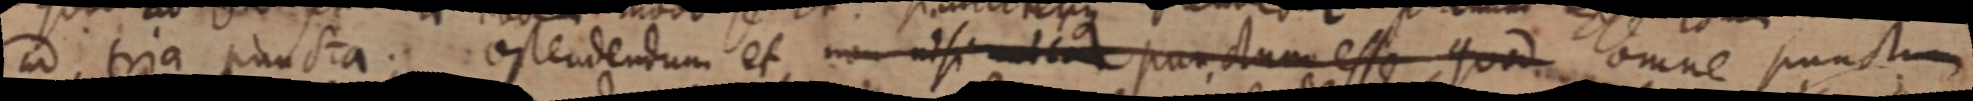
ad tria puncta. ostendendum et, non nisi _ punctum esse quod omne punctum